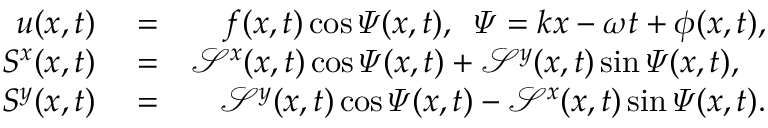
\begin{array} { r l r } { u ( x , t ) } & { { } = } & { f ( x , t ) \cos \varPsi ( x , t ) , \; \; \varPsi = k x - \omega t + \phi ( x , t ) , } \\ { S ^ { x } ( x , t ) } & { { } = } & { \mathcal { S } ^ { x } ( x , t ) \cos \varPsi ( x , t ) + \mathcal { S } ^ { y } ( x , t ) \sin \varPsi ( x , t ) , \; \; \; } \\ { S ^ { y } ( x , t ) } & { { } = } & { \mathcal { S } ^ { y } ( x , t ) \cos \varPsi ( x , t ) - \mathcal { S } ^ { x } ( x , t ) \sin \varPsi ( x , t ) . } \end{array}